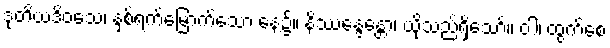
ဒုတိယဒိဝသေ၊ နှစ်ရက်မြောက်သော နေ့၌။ နိဿန္ဒေန္တော၊ ယိုသည်ရှိသော်။ ဝါ၊ ထွက်စေ